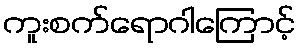
ကူးစက်ရောဂါကြောင့်